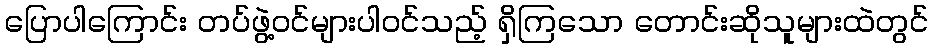
ပြောပါကြောင်း တပ်ဖွဲ့ဝင်များပါဝင်သည့် ရှိကြသော တောင်းဆိုသူများထဲတွင်